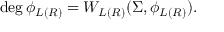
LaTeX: \deg \phi _ { L ( R ) } = W _ { L ( R ) } ( \Sigma , \phi _ { L ( R ) } ) .